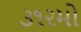
૩૧૨મો